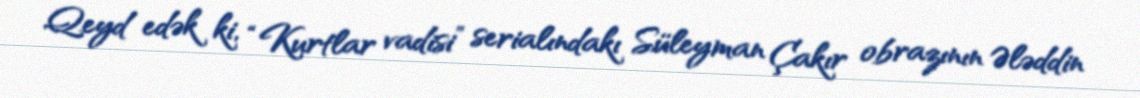
Qeyd edək ki, “Kurtlar vadisi” serialındakı Süleyman Çakır obrazının Ələddin